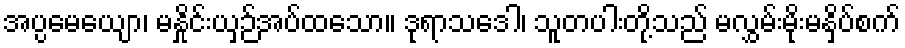
အပ္ပမေယျော၊ မနှိုင်းယှဉ်အပ်ထသော။ ဒုရာသဒေါ၊ သူတပါးတို့သည် မလွှမ်းမိုးမနှိပ်စက်